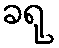
ခရု